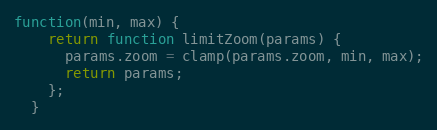
Language: JavaScript
function(min, max) {
    return function limitZoom(params) {
      params.zoom = clamp(params.zoom, min, max);
      return params;
    };
  }